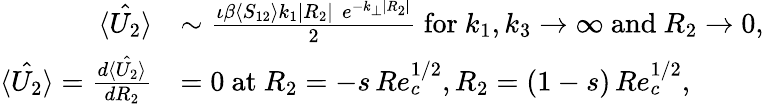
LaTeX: \begin{array}{rl}{\hat{\langle U_{2}\rangle}}&{\sim\frac{\iota\beta\langle S_{12}\rangle k_{1}|R_{2}|\, \, e^{-k_{\perp}|R_{2}|}}{2}\mathrm{~for~}k_{1},k_{3}\to\infty\mathrm{~and~}R_{2}\rightarrow 0,}\\ {\hat{\langle U_{2}\rangle}=\frac{d\hat{\langle U_{2}\rangle}}{dR_{2}}}&{=0\mathrm{~at~}R_{2}=-s\, Re_{c}^{1/2},R_{2}=(1-s)\, Re_{c}^{1/2},}\end{array}